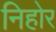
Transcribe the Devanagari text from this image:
निहोर